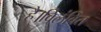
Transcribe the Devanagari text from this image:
है।विलंबित